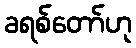
ခရစ်တော်ဟု